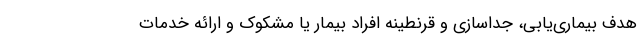
هدف بیماری‌یابی، جداسازی و قرنطینه افراد بیمار یا مشکوک و ارائه خدمات